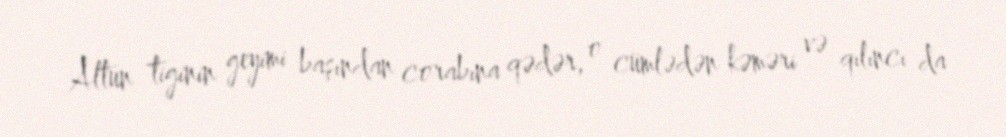
Altun tiginin geyimi başından corabına qədər, o cümlədən kəməri və qılıncı da